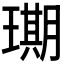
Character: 𮴲